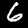
Digit: 6